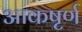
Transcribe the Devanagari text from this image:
आकषृर्ण